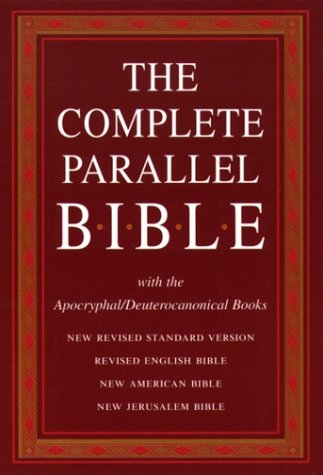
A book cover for The Complete Parallel Bible with the Apocryphal/Deuterocanonical Books: New Revised Standard Version, Revised English Bible, New American Bible, New Jerusalem Bible; Publisher Oxford University Press; Christian Books & Bibles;